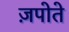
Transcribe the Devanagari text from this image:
ज़पोते